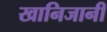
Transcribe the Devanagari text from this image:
खानिजानी